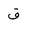
Letter: _qaf